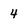
Character: 4